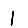
Digit: 1